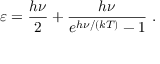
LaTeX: \varepsilon = { \frac { h \nu } { 2 } } + { \frac { h \nu } { e ^ { h \nu / ( k T ) } - 1 } } ~ .